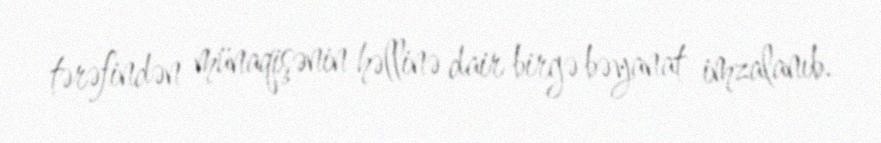
tərəfindən münaqişənin həllinə dair birgə bəyanat imzalanıb.